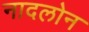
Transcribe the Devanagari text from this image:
नादलोन